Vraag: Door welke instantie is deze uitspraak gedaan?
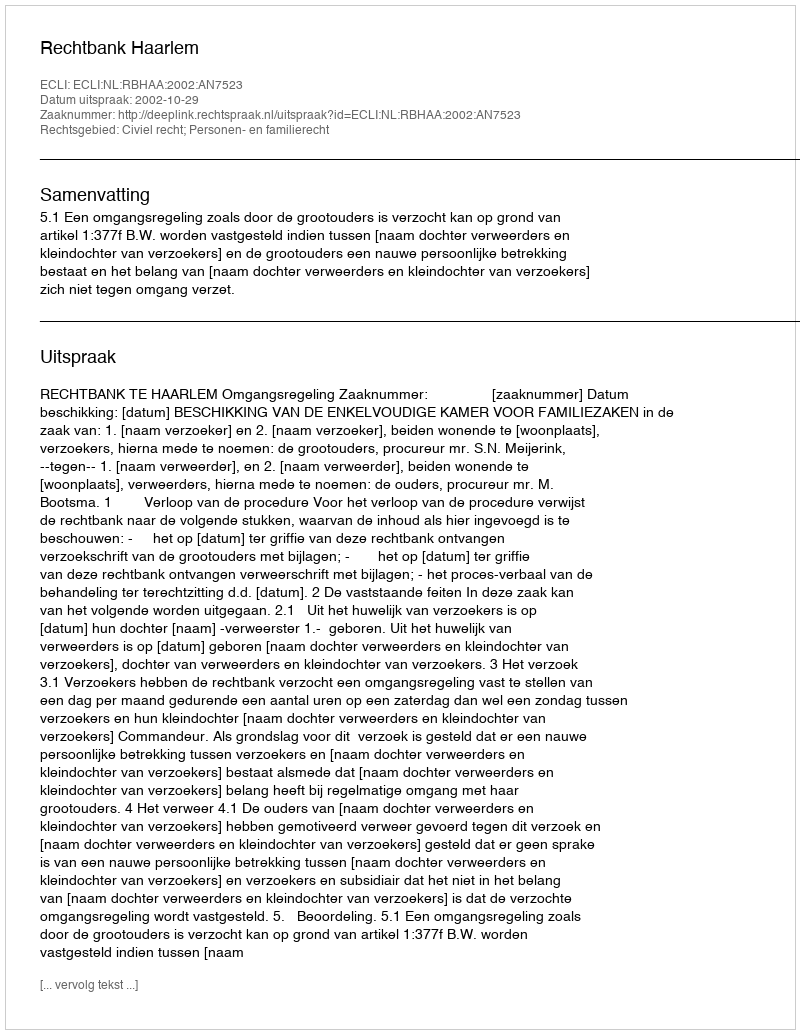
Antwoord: Rechtbank Haarlem